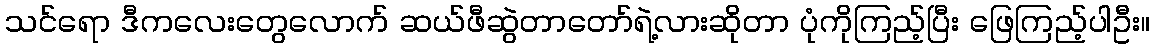
သင်ရော ဒီကလေးတွေလောက် ဆယ်ဖီဆွဲတာတော်ရဲ့လားဆိုတာ ပုံကိုကြည့်ပြီး ဖြေကြည့်ပါဦး။